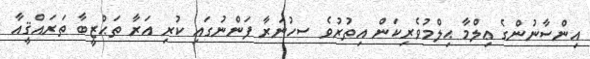
އިންސާނުންގެ ޢިލްމާ ޙިލްމުވެރިކަން އިތުރުވެ ސހުނަރާ ފަންނުގައި ކުރި އަރާ ތަޙްޒީބާ ތަރައްޤީއާ